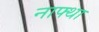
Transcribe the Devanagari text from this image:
नाफ्था